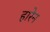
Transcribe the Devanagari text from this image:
हारेन